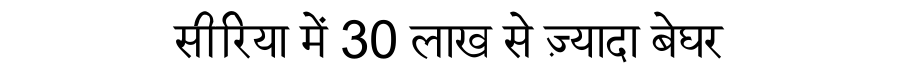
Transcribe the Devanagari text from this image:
सीरिया में 30 लाख से ज़्यादा बेघर